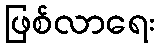
ဖြစ်လာရေး